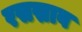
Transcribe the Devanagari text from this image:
रसस्राव